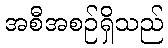
အစီအစဉ်ရှိသည်